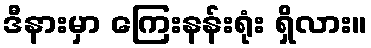
ဒီနားမှာ ကြေးနန်းရုံး ရှိလား။